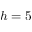
h = 5